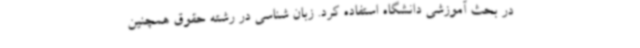
در بحث آموزشی دانشگاه استفاده کرد. زبان‌ شناسی در رشته حقوق همچنین